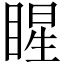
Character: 睲